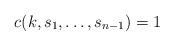
LaTeX: \begin{align*}c(k,s_1,\ldots,s_{n-1}) = 1\end{align*}